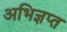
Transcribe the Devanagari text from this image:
अभिज्ञप्त